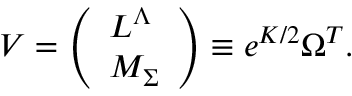
V = \left( \begin{array} { l } { { L ^ { \Lambda } } } \\ { { M _ { \Sigma } } } \end{array} \right) \equiv e ^ { K / 2 } \Omega ^ { T } .